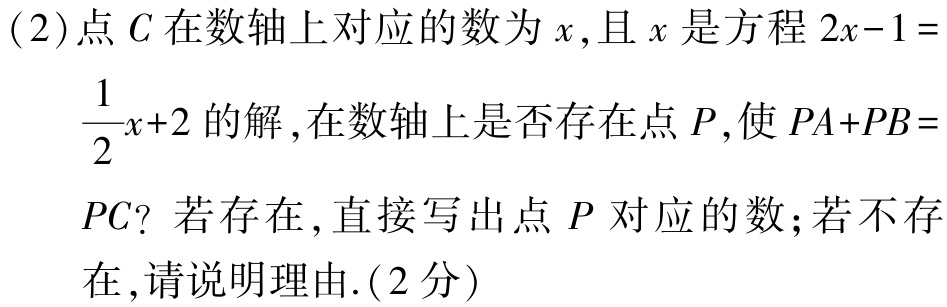
(2)点\(C\)在数轴上对应的数为\(x\),且\(x\)是方程\(2x - 1 =\)

\(\dfrac{1}{2}x + 2\)的解,在数轴上是否存在点\(P\),使\(PA + PB =\)

\(PC\)？若存在,直接写出点\(P\)对应的数;若不存

在,请说明理由.(2分)